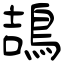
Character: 鴶